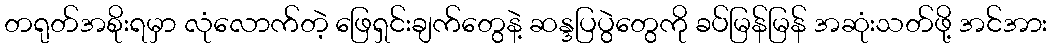
တရုတ်အစိုးရမှာ လုံလောက်တဲ့ ဖြေရှင်းချက်တွေနဲ့ ဆန္ဒပြပွဲတွေကို ခပ်မြန်မြန် အဆုံးသတ်ဖို့ အင်အား